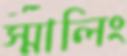
স্মালিং